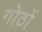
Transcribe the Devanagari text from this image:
गोठों